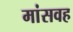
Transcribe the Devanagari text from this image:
मांसवह